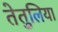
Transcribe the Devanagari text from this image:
तेतुलिया